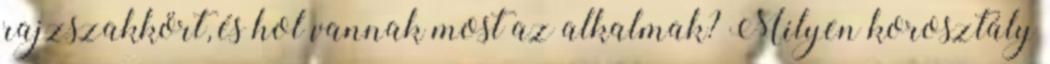
rajzszakkört, és hol vannak most az alkalmak? Milyen korosztály